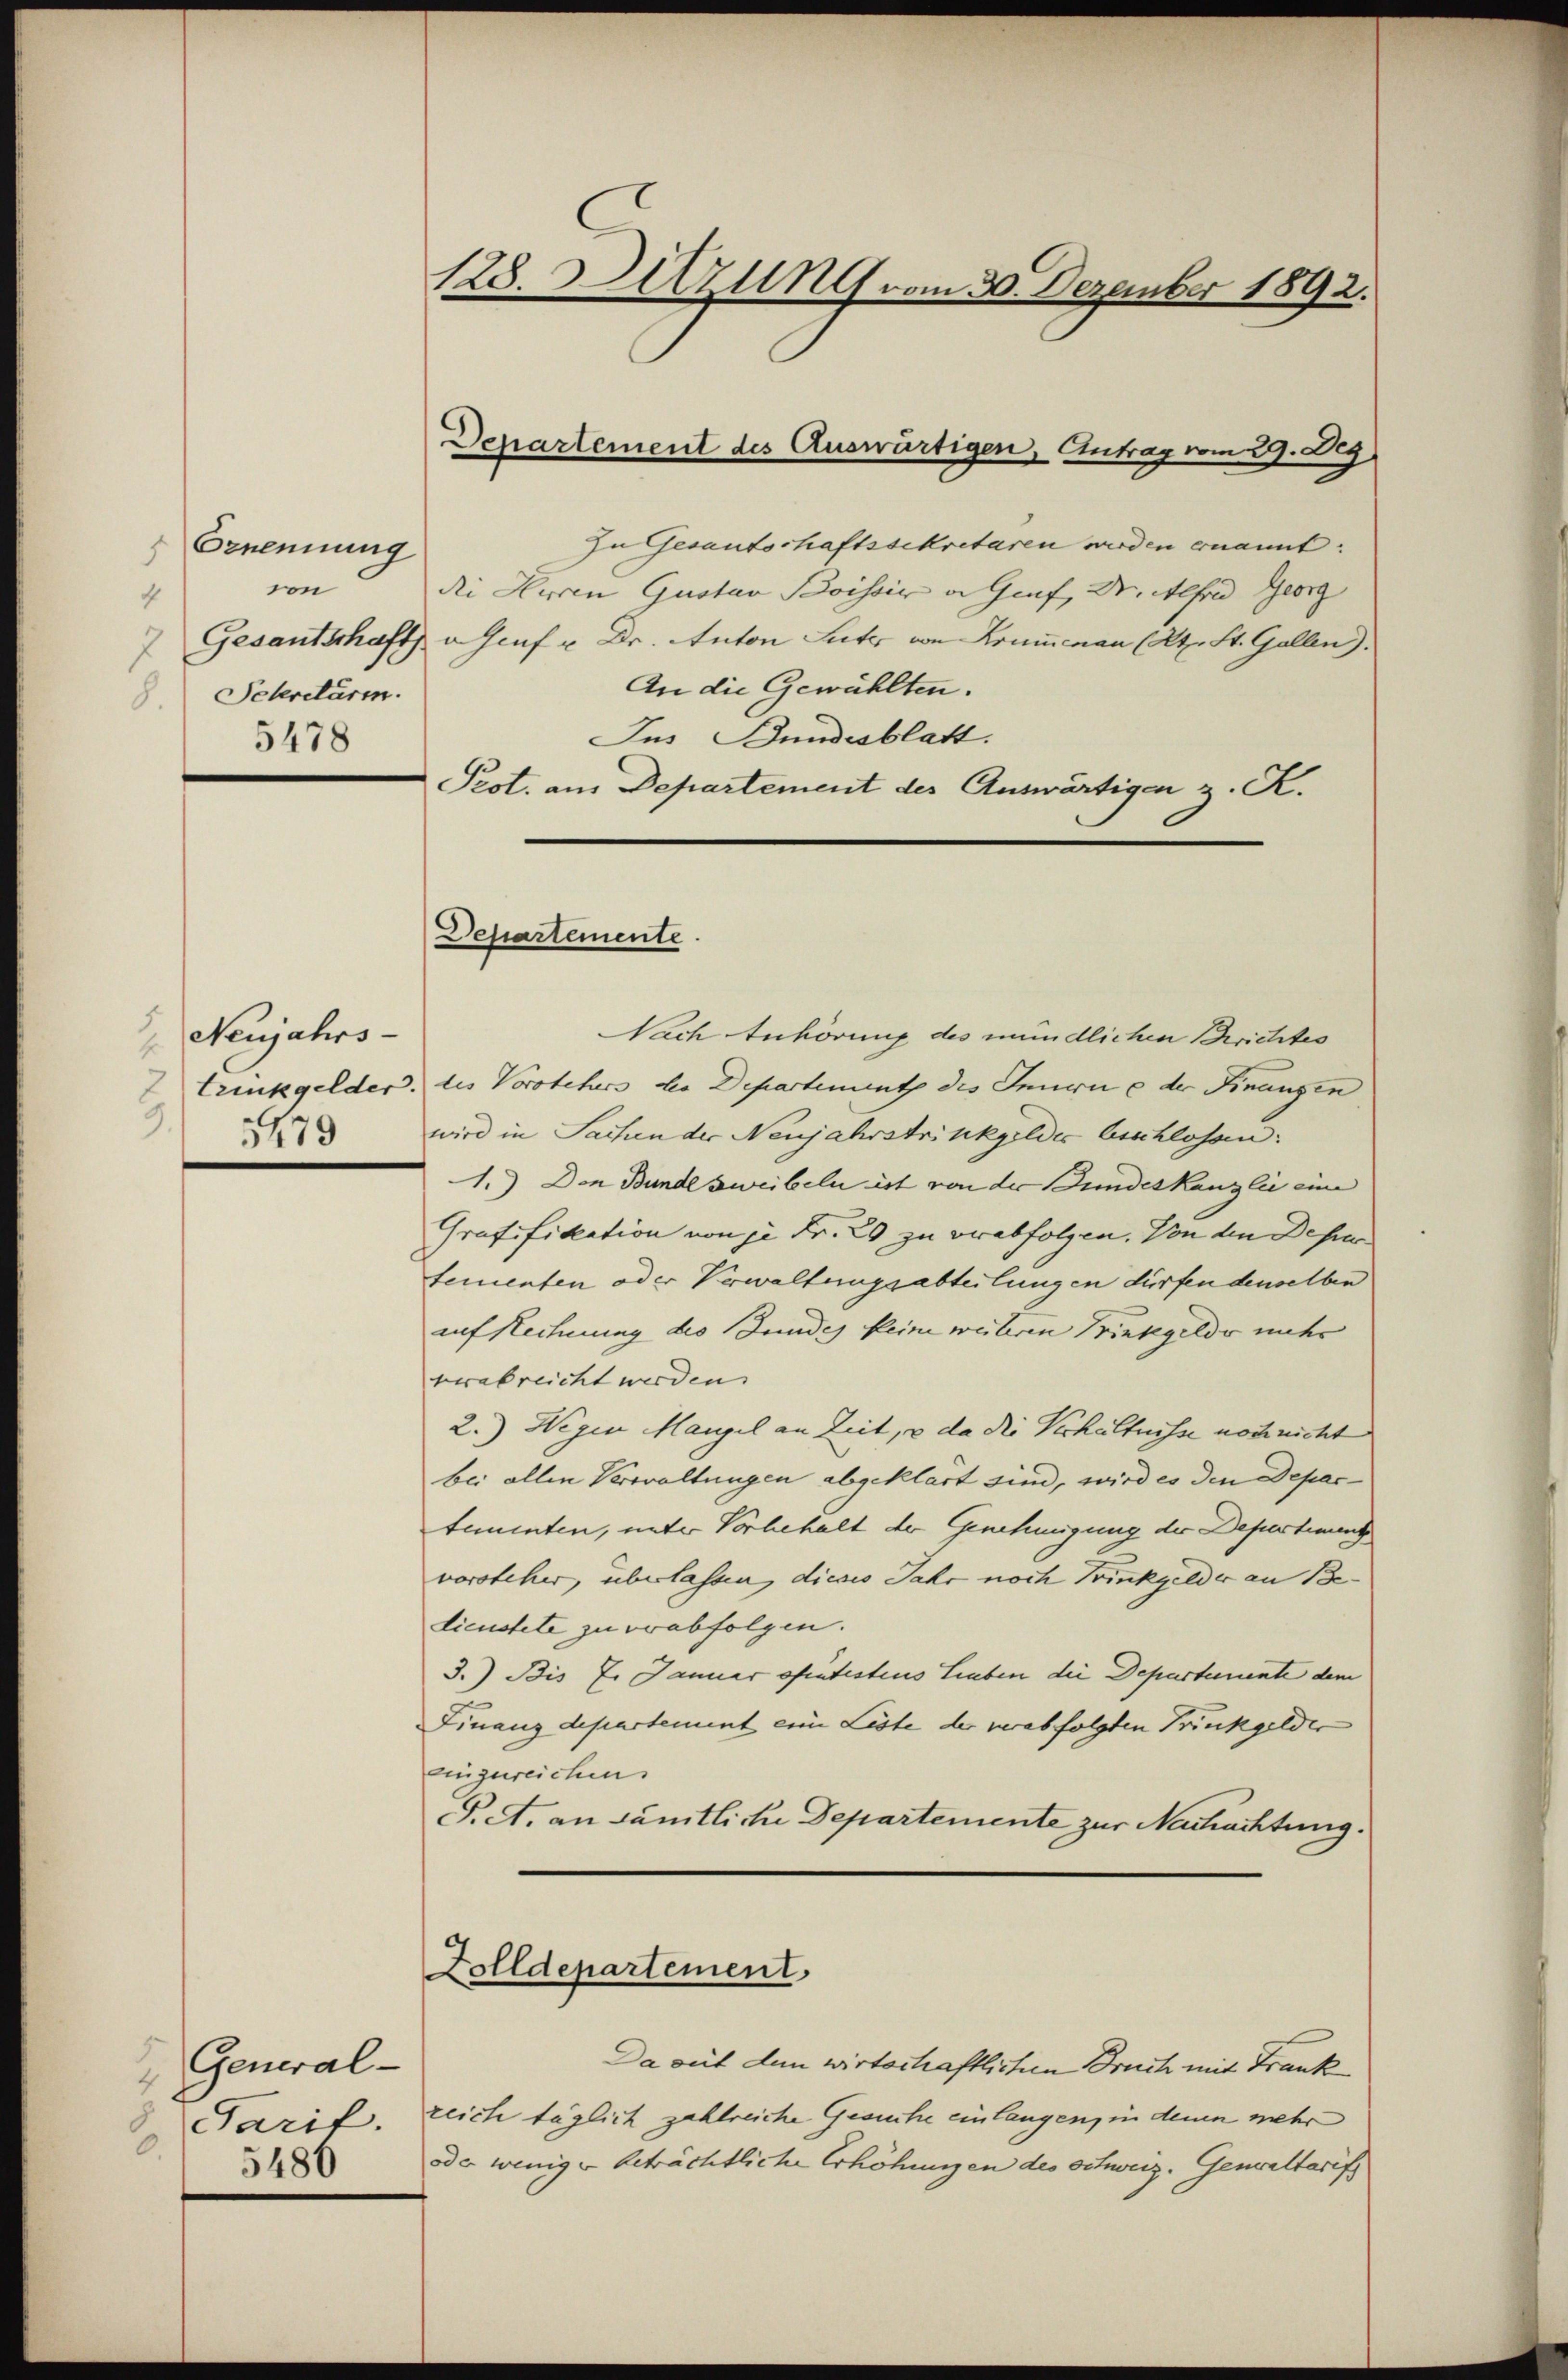
Grnennung
von
4
Sekretärm.
5478

Neujahrs-
trinkgelder.
3.
1479

General-
Tarif.
0.
5480

128. Sitzung vom 30. Dezember 1892.

Departement des Auswärtigen, Antrag vom 29. Dez

Departemente

zu Gesantschaftssekretären werden ernannt:
die Herren Gustav Boissiv a Genf, Dr. Alfred Georg
7. Gesantschaft Genf u. Dr. Anton Lutz von Krummenau (lt. St. Gallen).
An die Gewählten.
Jus Bundesblatt.
Prot. am Departement der Auswärtigen z. R.

Nach Anhörung des mündlichen Berichtes
die Vorstehers der Departement des Innern e der Finanzen
wird in Sachen der Neujahrstrinkgeldes Erschlosen:
1.) Den Bundesweibeln ist von der Bundeskanzlei eine
Grafsfikation von je Fr. 20 zu verabfolgen. Von den Depar
tementen oder Verwaltungsabteilungen dürfen denselben
auf Rechnung des Bundes keine weiteren Trinkgelde uneher
verabreicht werden. |
2.) Wegen Mangel an Zeit, u da die Verhältnisse noch nicht
bei allen Verwaltungen abgeklärt sind, wird es den Departementen, unter Vorbehalt der Genehmigung der Depertineng
vorsteher, überlassen, dieses Jahr noch Trinkgelder an Bedicustete zu verabfolgen.
3.) Bis 7. Januar ofintestius Lieben die Departemente dem
Finanzdepartement eine Liste der verabfolgten Trinkgelder
eingereichen.
P.A. an sämtliche Departemente zur Nachachtung.
Dolldepartement
Da mit den wirtschaftlichen Bruch mit Frankreich täglich zahlreiche Gesuche einlangen, in denen mehr
oder wenige beträchtliche Erhöhungen des Oetweiz. Gewaltarifs